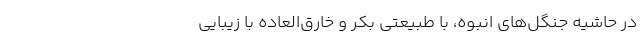
در حاشیه جنگل‌­های انبوه، با طبیعتی بکر و خارق­‌العاده با زیبایی